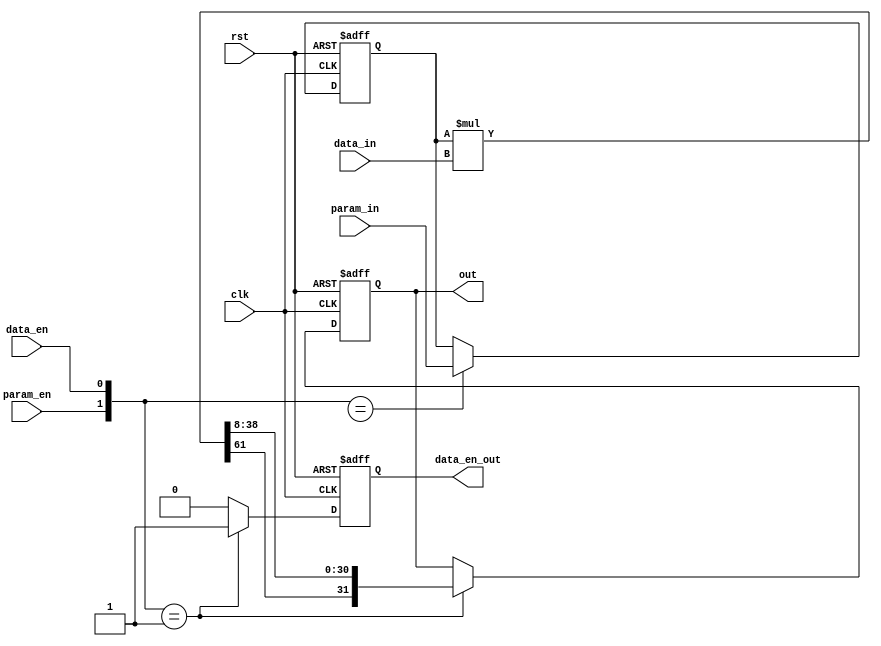
module constant_gain #(parameter MSB = 31,
		       parameter GAIN_SIZE = 31,
		       parameter DEFAULT_GAIN = 0,
		       parameter NUM_DECIMAL = 8)
   (
    input		clk,
    input		rst,
    input		param_en,
    input [GAIN_SIZE:0]	param_in,
    input		data_en,
    input [MSB:0]	data_in,
    output [MSB:0]	out,
    output		data_en_out
    );

   localparam	   fp_multsize = MSB+GAIN_SIZE;
   
   reg [MSB:0] gain;
   reg [MSB:0] data_out;
   assign out = data_out;
   reg	       en_out;
   assign data_en_out = en_out;

   wire [fp_multsize-1:0] multout = gain*data_in;

   task do_reset();
      begin
	 gain <= DEFAULT_GAIN;
	 en_out <= 0;
	 data_out <= 0;
      end
   endtask // do_reset

   task load_param();
      begin
	 gain <= param_in;
	 en_out <= 0;
      end
   endtask // load_param

   task load_data();
      begin
	 // sign compressed multiplication with num decimal and msb setup
	 data_out <= {multout[fp_multsize-1],multout[NUM_DECIMAL+:MSB]};
	 en_out <= 1;
      end
   endtask // load_data

   task do_idle();
      en_out <= 0;
   endtask // do_idle
   
   always @(posedge clk or posedge rst) begin
      if(rst)
	do_reset();
      else begin
	 // priortize loading param as opposed to loading data
	 case ({param_en,data_en}) 
	   2'b1x: load_param();
	   2'b01: load_data();
	   default: do_idle();
	 endcase // case ({param_en,data_en)       
      end
   end
   
endmodule // constant_gain